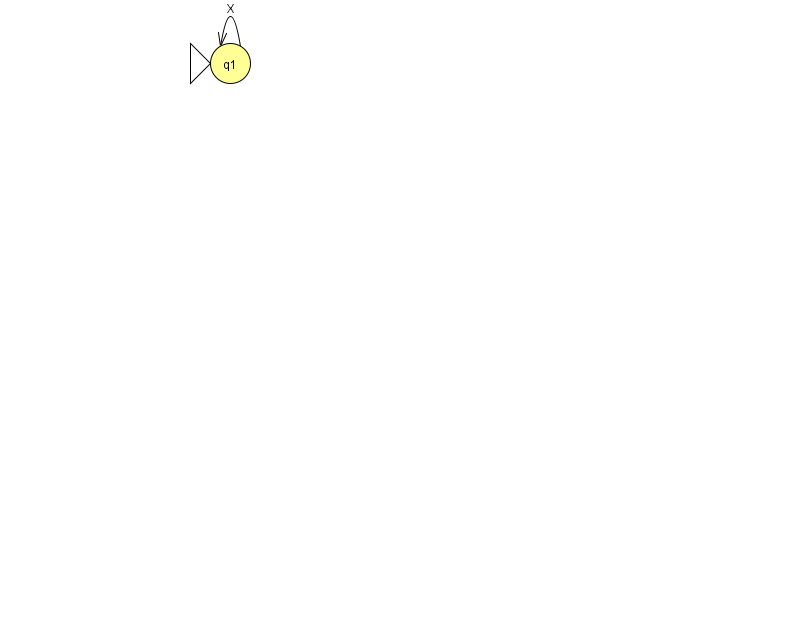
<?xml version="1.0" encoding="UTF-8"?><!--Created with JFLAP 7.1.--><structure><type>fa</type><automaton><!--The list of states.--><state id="1" name="q1"><x>230.0</x><y>50.0</y><initial/></state><!--The list of transitions.--><transition><from>1</from><to>1</to><read>X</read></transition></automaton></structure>